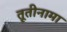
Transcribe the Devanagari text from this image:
तूतीनामा